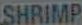
SHRIMP